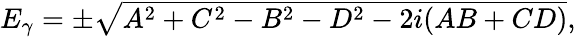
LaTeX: \begin{array}{r}{E_{\gamma}=\pm\sqrt{A^{2}+C^{2}-B^{2}-D^{2}-2i(AB+CD)},}\end{array}